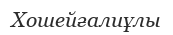
Хошейғалиұлы